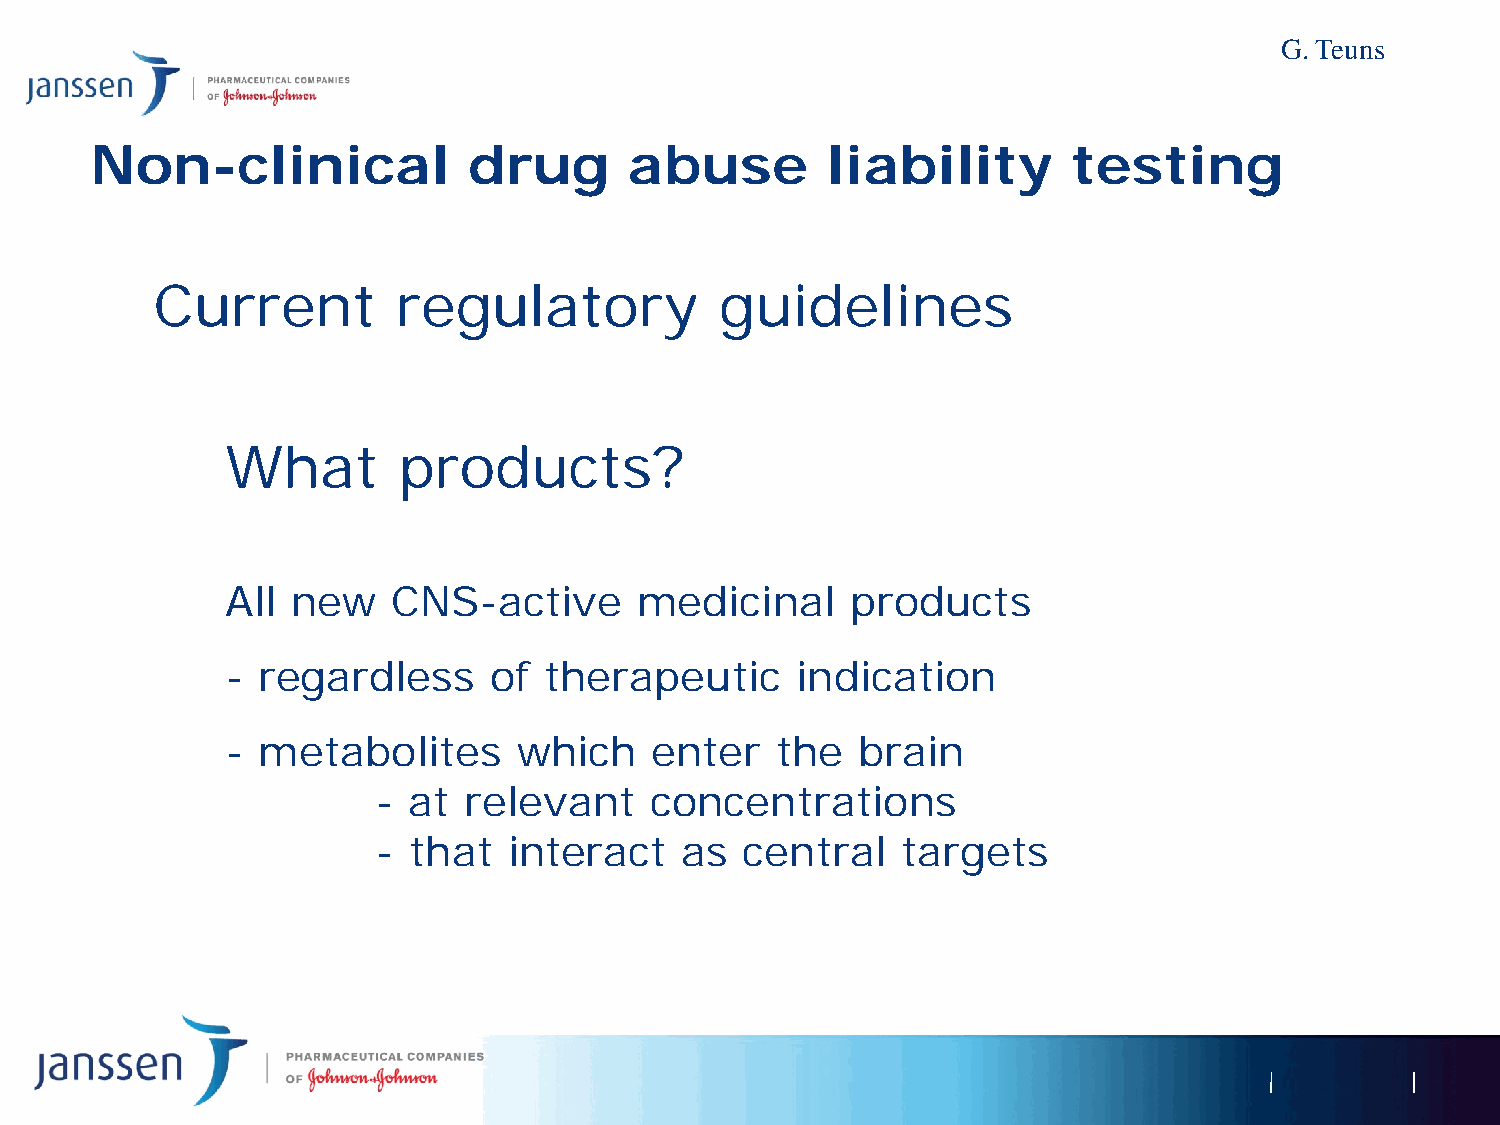
G. Teuns
 Non-clinical             drug       abuse        liability       testing
 Current         regulatory            guidelines
 What       products?
 All new    CNS-active      medicinal     products
 - regardless     of  therapeutic      indication
 - metabolites      which    enter   the   brain
 - at  relevant    concentrations
 - that   interact   as  central    targets